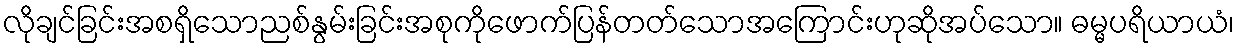
လိုချင်ခြင်းအစရှိသောညစ်နွမ်းခြင်းအစုကိုဖောက်ပြန်တတ်သောအကြောင်းဟုဆိုအပ်သော။ ဓမ္မပရိယာယံ၊